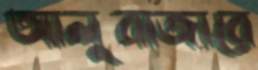
আলুবাজারে